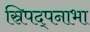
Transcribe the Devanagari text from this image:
स्रिपद्पनाभा